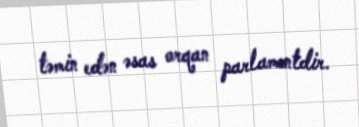
təmin edən əsas orqan parlamentdir.